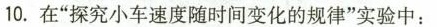
10.在”探究小车速度随时间变化的规律”实验中：